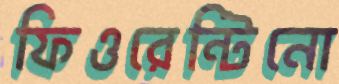
ফিওরেন্টিনো